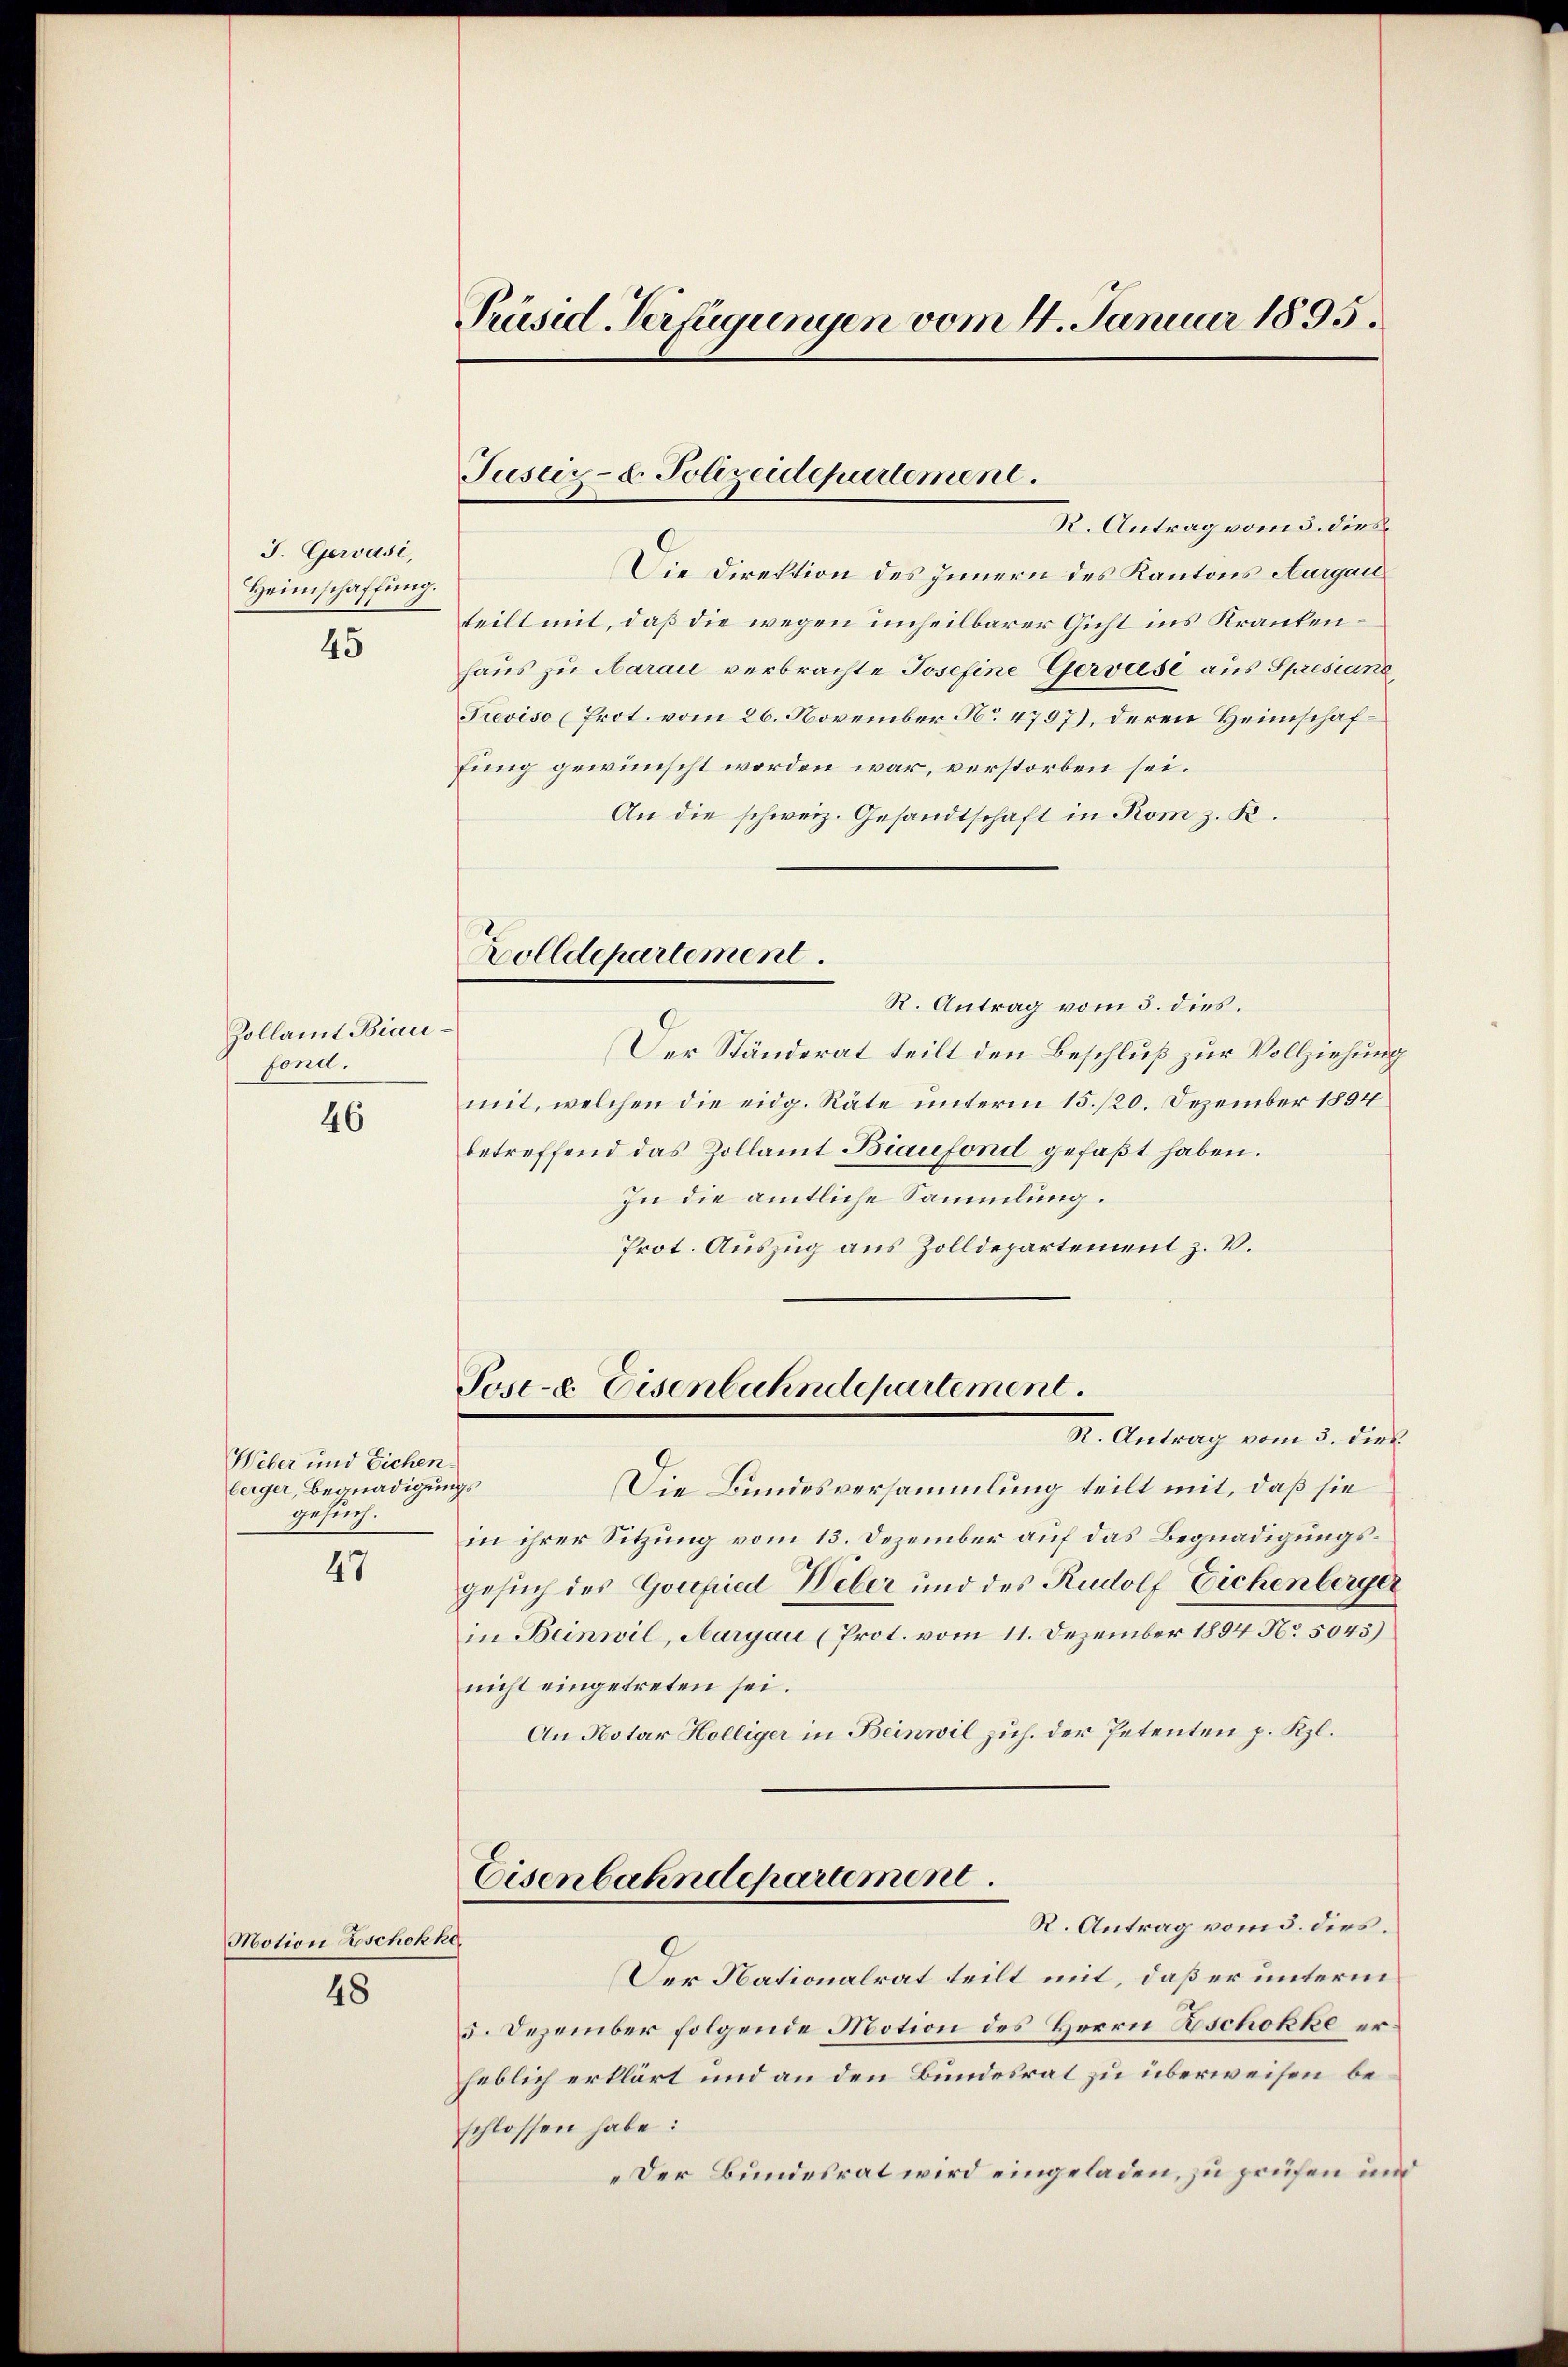
J. Gervusi,
Heimschaffung.
45

Zollamt Biaufond.

46

Weber und Eichen.
berger, Begnadigungs
gesuch.

47

Motion Beschokke

48

Präsid-Verfügungen vom 4. Januar 1895.

Die Direktion des Innern des Kantons Aargau
teilt mit, daß die wegen unheilbarer Gicht ins Krankenhaus zu Aarau verbrachte Josefine Gervase aus Spresiane
Treviso (Prot. vom 26. November No 4797), deren Heimschaffung gewünscht worden war, verstorben sei.
An die schweiz. Gesandtschaft in Rom z. K.
Zolldepartement.
R. Antrag vom 5. dies.
Der Ständerat teilt den Beschluß zur Vollziehung
mit, welchen die eidg. Räte unterm 15./20. Dezember 1894
betreffend das Zollamt Biaufond gefaßt haben.
In die amtliche Sammlung.
Prot. Auszug aus Zolldepartement z. V.

Justiz- u. Polizeidepartement.
R. Antrag vom 5. dies

Pose-c. Eisenbahndepartement.

R. Antrag vom 3. dies
Die Bundesversammlung teilt mit, daß sie
in ihrer Sitzung vom 13. Dezember auf das Begnadigungsgesuch des Gocepied Weber und des Rudolf Eichenberger
in Beinwil, Aargau (Prot. vom 11. Dezember 1894 No. 5043)
nicht eingetreten sei.
An Notar Holliger in Beinwil zuh. der Petenten p. Rpl.
Eisenbahndepartement
R. Antrag vom 5. dies.
Der Nationalrat teilt mit, daß er unterm
5. Dezember folgende Motion des Herrn Aschokke erheblich erklärt und an den Bundesrat zu überweisen beschlossen habe:
„Der Bundesrat wird eingeladen, zu prüfen und